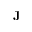
\mathbf { J }